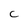
Character: C